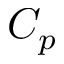
C _ { p }